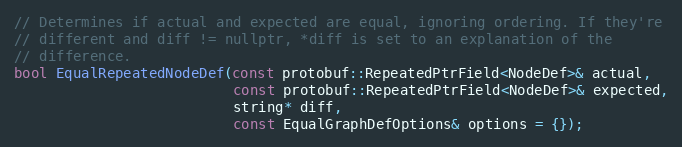
Language: C
// Determines if actual and expected are equal, ignoring ordering. If they're
// different and diff != nullptr, *diff is set to an explanation of the
// difference.
bool EqualRepeatedNodeDef(const protobuf::RepeatedPtrField<NodeDef>& actual,
                          const protobuf::RepeatedPtrField<NodeDef>& expected,
                          string* diff,
                          const EqualGraphDefOptions& options = {});